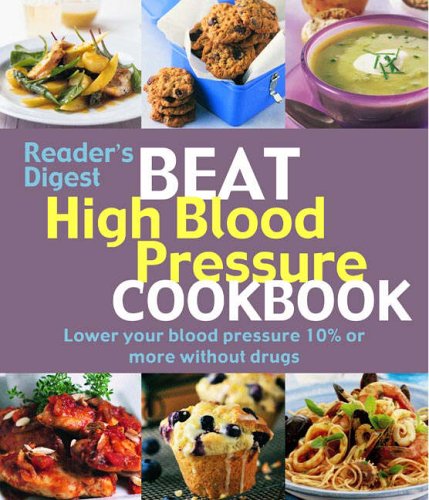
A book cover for Beat High Blood Pressure Cookbook; *             ; Health, Fitness & Dieting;